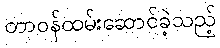
တာဝန်ထမ်းဆောင်ခဲ့သည့်